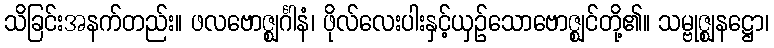
သိခြင်းအနက်တည်း။ ဖလဗောဇ္ဈင်္ဂါနံ၊ ဖိုလ်လေးပါးနှင့်ယှဉ်သောဗောဇ္ဈင်တို့၏။ သမ္ဗုဇ္ဈနဋ္ဌော၊